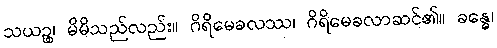
သယဉ္စ၊ မိမိသည်လည်း။ ဂိရိမေခလဿ၊ ဂိရိမေခလာဆင်၏။ ခန္ဓေ၊